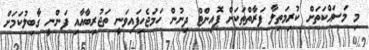
މި މަސައްކަތަށް ކުރިމަތިލާ ފަރާތްތަކަށް ޕޮއިންޓް ދިނުން ހަމަޖެހިފައިވަނީ ތަޖުރިބާއާއި ފަންނީ ގާބިލުކަމަށް